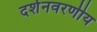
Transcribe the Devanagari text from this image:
दर्शनवरणीय